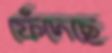
ফেঁদেছে